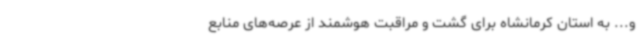
و... به استان کرمانشاه برای گشت و مراقبت هوشمند از عرصه‌های منابع